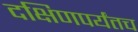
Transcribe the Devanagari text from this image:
दक्षिणपर्यंतच